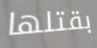
بقتلها